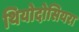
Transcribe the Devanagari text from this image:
थियोदोसियरा